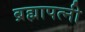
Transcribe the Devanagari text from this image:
ब्रह्मापत्नी